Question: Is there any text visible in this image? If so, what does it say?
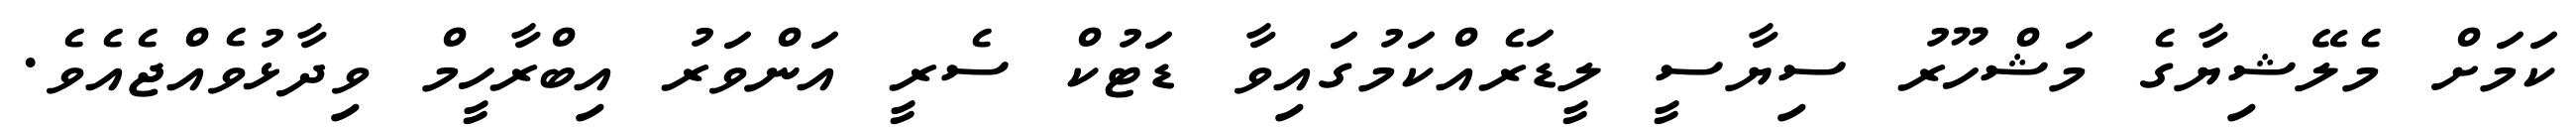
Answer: ކަމަށް މެލޭޝިޔާގެ މަޝްހޫރު ސިޔާސީ ލީޑަރެއްކަމުގައިވާ ޑަޓުކް ސެރީ އަންވަރު އިބްރާހީމް ވިދާޅުވެއްޖެއެވެ.